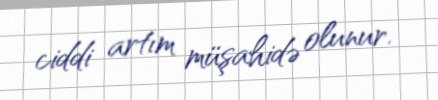
ciddi artım müşahidə olunur.